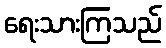
ရေးသားကြသည်